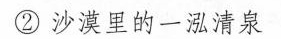
②沙漠里的一泓清泉